Lunatic asylums Punjab 1911-1921 - 1911-1921
Year: 1911
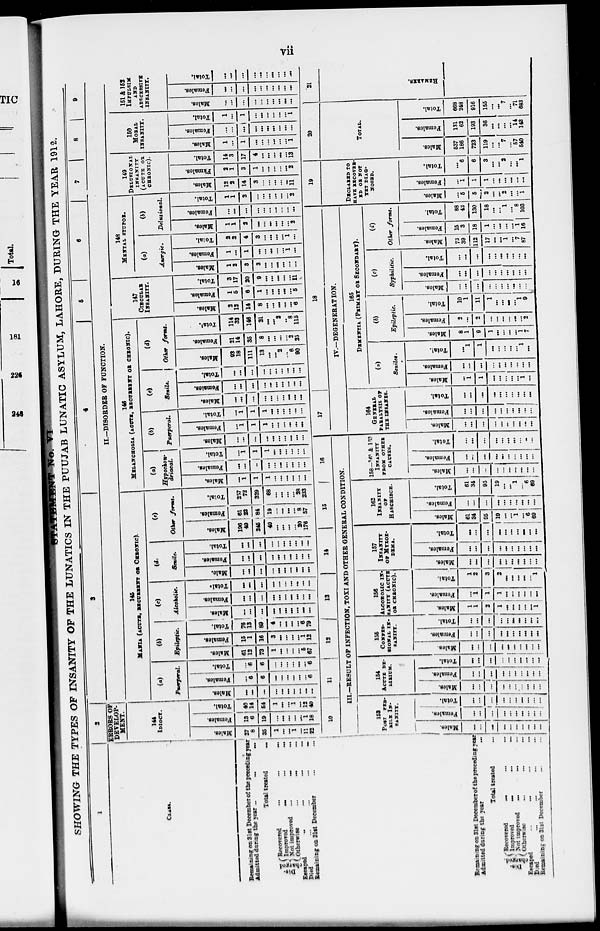
vii
STATEMENT No. VI
SHOWING THE TYPES OF INSANITY OF THE LUNATICS IN THE PUUJAB LUNATIC ASYLUM, LAHORE, DURING THE YEAR 1912.
1
CLASS.
Remaining on 31st December of the preceding year
Admitted during the year... ... ...
Total treated
...
Dis-
charged
Recovered
...
...
...
Improved
...
...
...
Not improved
...
...
...
Otherwise ... ... ...
Escaped
...
...
...
...
Died
...
...
...
...
Remaining on 31st December ... ...
2
ERRORS OF
DEVELOP-
MENT.
144
IDIOCY.
Males.
27
8
35
1
...
...
1
...
11
22
Females.
13
6
19
...
...
...
...
...
1
18
Total.
40
14
54
1
...
...
1
...
12
40
3
4 5
6
7
8 9
II.—DISORDER OF FUNCTION.
145
MANIA (ACUTE, RECURRENT OR CHRONIC).
(a)
Puerperal.
Males.
...
...
...
...
...
...
...
...
...
...
Females.
...
6
6
...
...
...
...
...
...
6
Total.
...
6
6
...
...
...
...
...
...
6
(b)
Epileptic.
Males.
61
12
73
1
...
...
...
...
5
67
Females.
15
1
16
3
...
...
...
...
1
12
Total.
76
13
89
4
...
...
...
...
6
79
(c)
Alcoholic.
Males.
...
...
...
...
...
...
...
...
...
...
Females.
...
...
...
...
...
...
...
...
...
...
Total.
...
...
...
...
...
...
...
...
...
...
(d)
Senile.
Male.
...
...
...
...
...
...
...
...
...
...
Females.
...
...
...
...
...
...
...
...
...
...
Total.
...
...
...
...
...
...
...
...
...
...
(e)
Other forms.
Males.
196
49
245
49
...
...
...
...
20
176
Females.
61
23
84
19
...
...
...
...
8
57
Total.
257
72
329
68
...
...
...
...
28
233
146
MELANCHOLIA (ACUTE, RECURRENT OR CHRONIC).
(a)
Hypochon-
driacal.
Males.
...
1
1
1
...
...
...
...
...
...
Females.
...
...
...
...
...
...
...
...
...
...
Total.
...
1
1
1
...
...
...
...
...
...
(b)
Puerperal.
Males.
...
...
...
...
...
...
...
...
...
...
Females.
...
1
1
1
...
...
...
...
...
...
Total.
...
1
1
1
...
...
...
...
...
...
(c)
Senile.
Males.
...
...
...
...
...
...
...
...
...
...
Females.
...
...
...
...
...
...
...
...
...
...
Total.
...
...
...
...
...
...
...
...
...
...
(d)
Other
forms.
Males.
93
18
111
13
...
...
2
...
6
90
Females.
21
14
35
8
...
...
...
...
2 25
Total.
114
32
146
21
...
...
2
...
8 115
147
CIRCULAR
INSANITY.
Males.
2
12
14
8
...
...
...
...
...
6
Females.
1
5
6
1
...
...
...
...
... 5
Total.
3
17
20
9
...
...
...
...
...
11
148
MENTAL STUPOR.
(a)
Anergic.
Males.
1
2
3
3
...
...
...
...
...
...
Females.
1
...
1
...
...
...
...
...
1 ...
Total.
2
2
4
3
...
...
...
...
1 ...
(b)
Delusional.
Males.
1
1
2
...
...
...
...
...
... 2
Females.
...
...
...
...
...
...
...
...
...
...
Total.
1
1
2
...
...
...
...
...
... 2
149
DELUSIONAL
INSANITY
(ACUTE OR
CHRONIC).
Males.
12
2
14
3
...
...
...
...
... 11
Females.
2
1
3
1
...
...
...
...
... 2
Total.
14
3
17
4
...
...
...
...
...
13
150
MORAL
INSANITY.
Males.
1
...
1
...
...
...
...
...
... 1
Females.
...
...
...
...
...
...
...
...
...
...
Total.
1
...
1
...
...
...
...
...
...
1
151 & 152
IMPULSIM
AND
ABSCESSIVE
INSANITY.
Males.
...
...
...
...
...
...
...
...
...
...
Females.
...
...
...
...
...
...
...
...
...
...
Total.
...
...
...
...
...
...
...
...
...
...
Remaining on 31st December of the preceding year
Admitted during the year ...
Total treated ...
Dis-
charged.
Recovered ... ... ...
Improved ... ... ...
Not improved
...
...
...
Otherwise ... ... ...
Escaped ... ... ... ...
Died ... ... ... ...
Remaining on 31st December ... ...
10
11
12 13
14
15
16
III.—RESULT OF INFECTION, TOXI AND OTHER GENERAL CONDITION.
153
POST FEB-
RILE IN-
SANITY.
Males.
...
...
...
...
...
...
...
...
...
...
Females.
...
...
...
...
...
...
...
...
...
...
Total.
...
...
...
...
...
...
...
...
...
...
154
ACUTE DE-
LIRIUM.
Males.
...
...
...
...
...
...
...
...
...
...
Females.
...
...
...
...
...
...
...
...
...
...
Total.
...
...
...
...
...
...
...
...
...
...
155
CONFES-
SIONAL
IN-
SANITY.
Males.
...
...
...
...
...
...
...
...
...
...
Females.
...
...
...
...
...
...
...
...
...
...
Total.
...
...
...
...
...
...
...
...
...
...
156
ALCOHOLlC IN-
SANITY (ACUTE
OR CHRONIC).
Males.
1
1
2
1
...
...
...
...
...
1
Females.
...
1
1
1
...
...
...
...
...
...
Total.
1
2
3
2
...
...
...
...
...
1
157
INSANITY
OF MYXOE-
DEMA.
Males.
...
...
...
...
...
...
...
...
...
...
Females.
...
...
...
...
...
...
...
...
...
...
Total.
...
...
...
...
...
...
...
...
...
...
162
INSANITY
OF
HASCHISCH.
Males.
61
34
95
19
...
...
1
...
6
69
Females.
...
...
...
...
...
...
...
...
...
...
Total.
61
34
95
19
...
...
1
...
6
69
158—161 & 163
INSANITY
FROM OTHER
CAUSES.
Males.
...
...
...
...
...
...
...
...
...
...
Females.
...
...
...
...
...
...
...
...
...
...
Total.
...
...
...
...
...
...
...
...
...
...
17
18
IV.—DEGENERATION.
164
GENERAL
PARALYSIS OF
THE INSANES.
Males.
...
...
...
...
...
...
...
...
...
...
Females.
...
...
...
...
...
...
...
...
...
...
Total.
...
...
...
...
...
...
...
...
...
...
165
DEMENTIA (PRIMARY OR SECONDARY).
(a)
Seniles.
Males.
...
1
1
...
...
...
...
...
1
...
Females.
...
...
...
...
...
...
...
...
...
...
Total.
...
1
1
...
...
...
...
...
1
...
(b)
Epileptic.
Males.
8
1
9
1
...
...
...
...
1
7
Females.
2
...
2
...
...
...
...
...
...
2
Total.
10
1
11
1
...
...
...
...
1
9
(c)
Syphilitic.
Males.
...
...
...
...
...
...
...
...
...
...
Females.
...
...
...
...
...
...
...
...
...
...
Total.
...
...
...
...
...
...
...
...
...
...
(d)
Other
forms.
Males.
73
39
112
17
...
...
1
...
7
87
Females.
15
3
18
1
...
...
...
...
1
16
Total.
88
42
130
18
...
...
1
...
8
103
19
DECLARED TO
HAVE RECOVER-
ED OR NOT
YET DIAG-
NOSED.
Males.
...
5
5
2
...
...
2
...
...
1
Females.
...
1
1
1
...
...
...
...
...
...
Total.
...
6
6
3
...
...
2
...
...
1
20
TOTAL.
Males.
537
186
723
119
...
...
7
...
57
540
Females.
131
62
193
36
...
...
...
...
14
143
Total.
668
248
916
155
...
...
7
...
71
683
21
REMARKS.